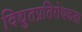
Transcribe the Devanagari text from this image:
विद्युतप्रतिरोधकता